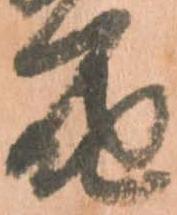
届